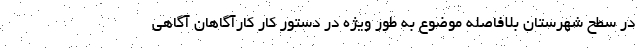
در سطح شهرستان بلافاصله موضوع به طور ویژه در دستور کار کارآگاهان آگاهی